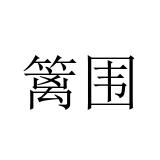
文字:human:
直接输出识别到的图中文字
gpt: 篱围